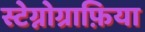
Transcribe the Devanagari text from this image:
स्टेग्नोग्राफ़िया